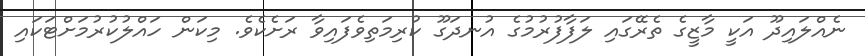
ނެއްލައިދޫ އަކީ މާޒީގެ ތެރޭގައި ލަފާފުރުމުގެ އުނދަގޫ ކުރިމަތިވެފައިވާ ރަށެކެވެ. މިކަން ހައްލުކުރުމަށްޓަކައި